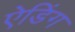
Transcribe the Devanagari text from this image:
ऐडिंग